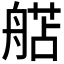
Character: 𬜗